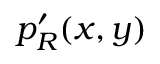
p _ { R } ^ { \prime } ( x , y )